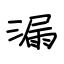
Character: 漏